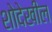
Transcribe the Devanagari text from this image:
शोदेखील